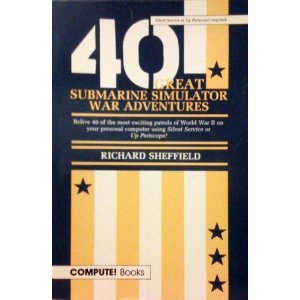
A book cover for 40 Great Submarine Simulator War Adventures; Richard G. Sheffield; Science Fiction & Fantasy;